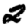
Digit: 2